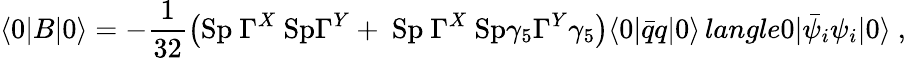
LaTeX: \langle 0|B|0\rangle=-\frac 1{32}\left(\mathrm{Sp~}\Gamma^{X}\mathrm{~Sp}\Gamma^{Y}+\mathrm{~Sp~}\Gamma^{X}\mathrm{~Sp}\gamma_{5}\Gamma^{Y}\gamma_{5}\right)\langle 0|\bar{q}q|0\rangle\, langle0|\bar{\psi}_{i}\psi_{i}|0\rangle\ ,